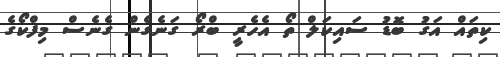
ކިތައް އަގު ބޮޑު ސައިކަލް ތޯ އެހެރީ ބްރޯ ގަނެގެން ގެނެސް މިފްކޯގެ